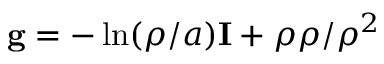
\mathbf { g } = - \ln ( \rho / a ) \mathbf { I } + \boldsymbol { \rho } \boldsymbol { \rho } / \rho ^ { 2 }